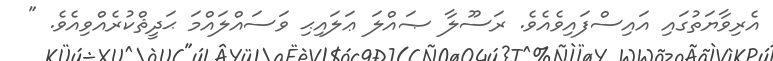
އެރިވާޔަތުގައި އައިސްފައިވެއެވެ. ރަސޫލާ ޞައްލަ ޢަލައިޙި ވަސައްލައްމަ ޙަދީޘްކުރެއްވިއެވެ. "